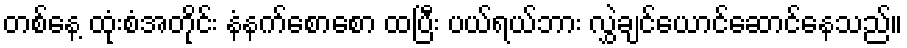
တစ်နေ့ ထုံးစံအတိုင်း နံနက်စောစော ထပြီး ပယ်ရယ်ဘား လွှဲချင်ယောင်ဆောင်နေသည်။